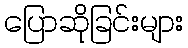
ပြောဆိုခြင်းများ